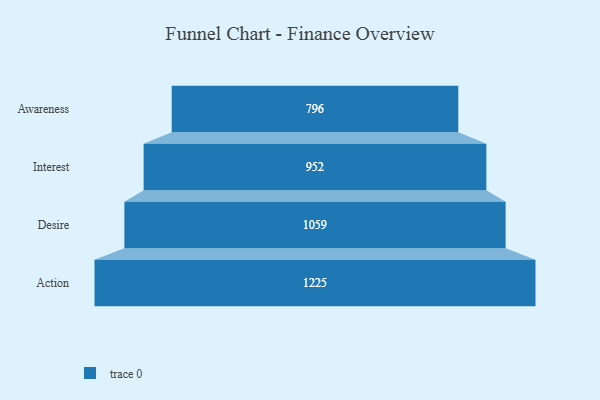
{"axis": {"x": "Stage", "y": "Value"}, "legend": [""], "data": [{"x": "Awareness", "y": 796.0, "type": ""}, {"x": "Interest", "y": 952.0, "type": ""}, {"x": "Desire", "y": 1059.0, "type": ""}, {"x": "Action", "y": 1225.0, "type": ""}]}